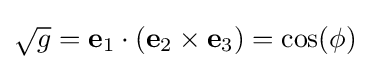
{\sqrt {g}}=\mathbf {e} _{1}\cdot (\mathbf {e} _{2}\times \mathbf {e} _{3})=\cos(\phi )